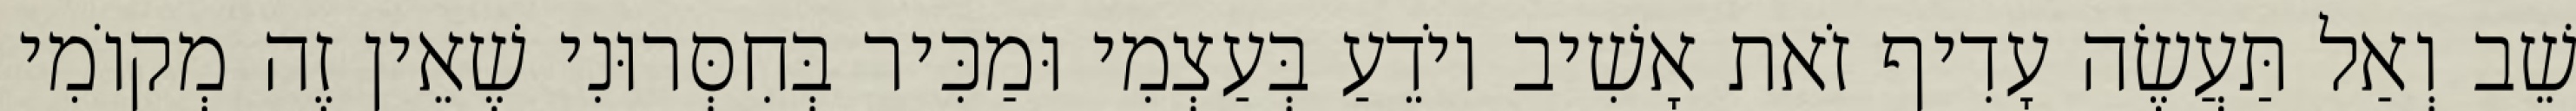
שֵׁב וְאַל תַּעֲשֶׂה עָדִיף זֹאת אָשִׁיב יוֹדֵעַ בְּעַצְמִי וּמַכִּיר בְּחִסְּרוּנִי שֶׁאֵין זֶה מְקוֹמִי